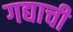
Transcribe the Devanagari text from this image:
गद्याची